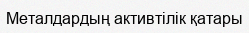
Металдардың активтілік қатары